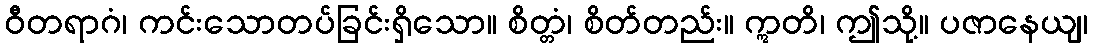
ဝီတရာဂံ၊ ကင်းသောတပ်ခြင်းရှိသော။ စိတ္တံ၊ စိတ်တည်း။ ဣတိ၊ ဤသို့။ ပဇာနေယျ၊